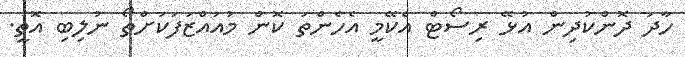
ހާދަ ދޮންކުދިން އުޅޭ ރިސޯޓް އެކޭމީ އެހެންތަ ކޮން މުއައްޒަފަކަށްތޯ ނުލިބި އޮތީ.